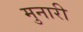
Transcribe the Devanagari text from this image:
मुनारी